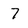
Character: 7